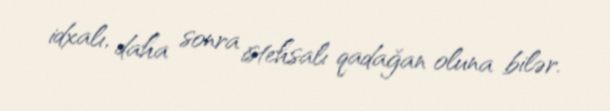
idxalı, daha sonra istehsalı qadağan oluna bilər.